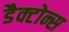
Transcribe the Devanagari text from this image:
डैक्टोन्स